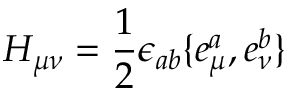
H _ { \mu \nu } = \frac 1 2 \epsilon _ { a b } \{ e _ { \mu } ^ { a } , e _ { \nu } ^ { b } \}